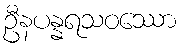
ဦနပန္နရသဝဿော